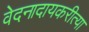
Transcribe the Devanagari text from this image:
वेदनादायकरीत्या